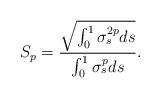
LaTeX: \begin{align*}S_p = \frac{ \sqrt{ \int_0^1 \sigma_s^{2p} ds} }{ \int_0^1 \sigma_s^p ds }.\end{align*}